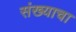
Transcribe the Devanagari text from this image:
संख्याचा